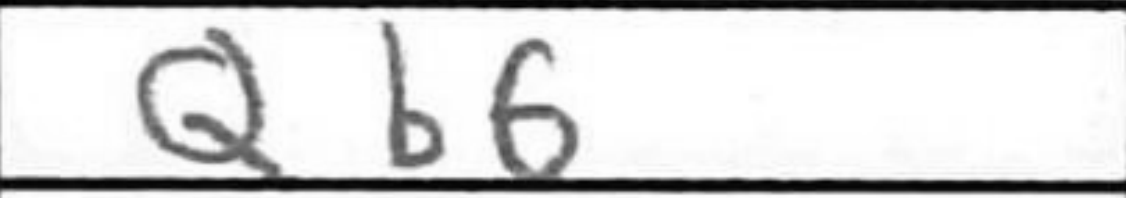
Transcription: Qb6